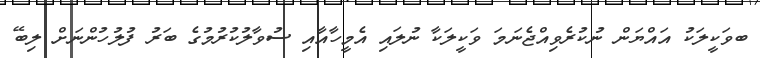
ބވަކީލަކު އައްޔަން ނުކުރެވިއްޖެނަމަ ވަކީލަކާ ނުލައި އެމީހާއާއި ސުވާލުކުރުމުގެ ބަރު ފުލުހުންނަށް ލިބޭ